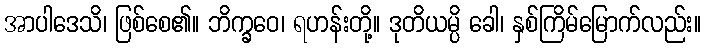
အာပါဒေသိ၊ ဖြစ်စေ၏။ ဘိက္ခဝေ၊ ရဟန်းတို့။ ဒုတိယမ္ပိ ခေါ၊ နှစ်ကြိမ်မြောက်လည်း။